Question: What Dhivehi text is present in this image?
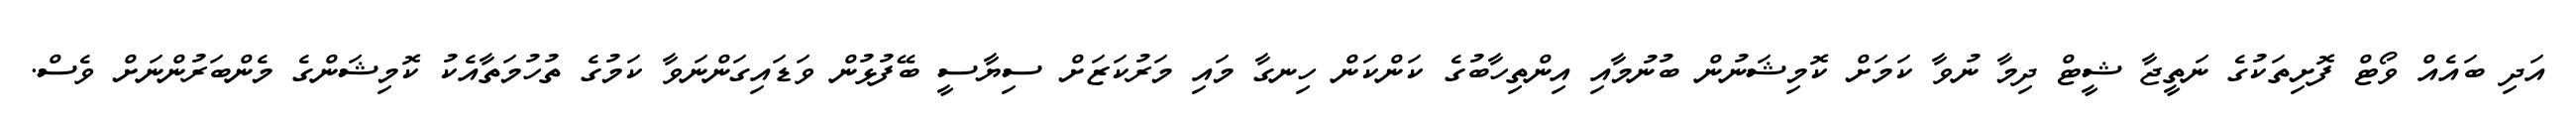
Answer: އަދި ބައެއް ވޯޓް ފޮށިތަކުގެ ނަތީޖާ ޝީޓް ދިމާ ނުވާ ކަމަށް ކޮމިޝަނުން ބުނުމާއި އިންތިހާބުގެ ކަންކަން ހިނގާ މައި މަރުކަޒަށް ސިޔާސީ ބޭފުޅުން ވަޑައިގަންނަވާ ކަމުގެ ތުހުމަތާއެކު ކޮމިޝަންގެ މެންބަރުންނަށް ވެސް.